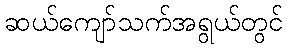
ဆယ်ကျော်သက်အရွယ်တွင်